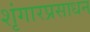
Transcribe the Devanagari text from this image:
शृंगारप्रसाधन